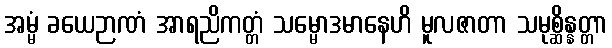
အမ္မံ ခယေဉာဏံ အာရညိကတ္တံ သမ္မောဒမာနေဟိ မူလဇာတာ သမုစ္ဆိန္နတ္တာ